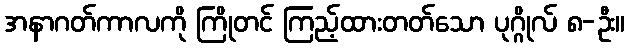
အနာဂတ်ကာလကို ကြိုတင် ကြည့်ထားတတ်သော ပုဂ္ဂိုလ် ၈-ဦး။